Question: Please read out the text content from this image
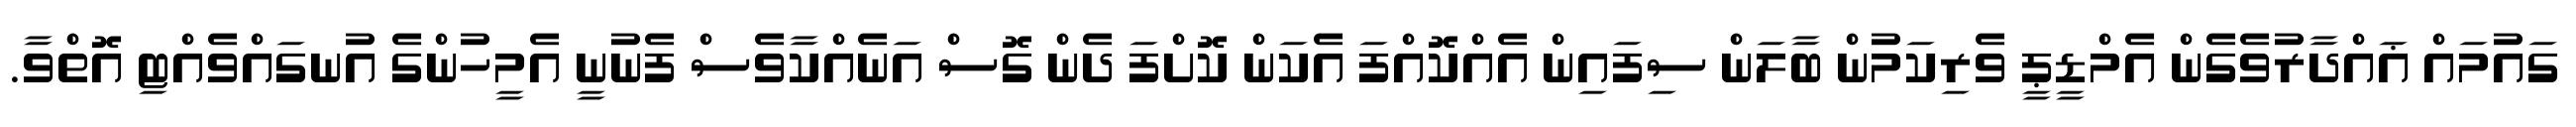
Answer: ގައުމައް ޣައްދާރުވެގެން އެމްޑީޕީ ވެރިކަމުން ބާލަން ސިފައިން އެއްކޮއްފަ އެކަން ކޮށްފަ ދެން ގޮސް އަނެއްކާވެސް ފެނުނީ އެމީހުންގެ އުނގައްވެއްޓި އޮތްވާ.